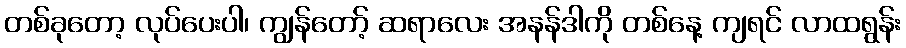
တစ်ခုတော့ လုပ်ပေးပါ၊ ကျွန်တော့် ဆရာလေး အနန်ဒါကို တစ်နေ့ ကျရင် လာထရွန်း